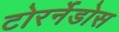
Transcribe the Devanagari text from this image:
टोरर्नेडोस